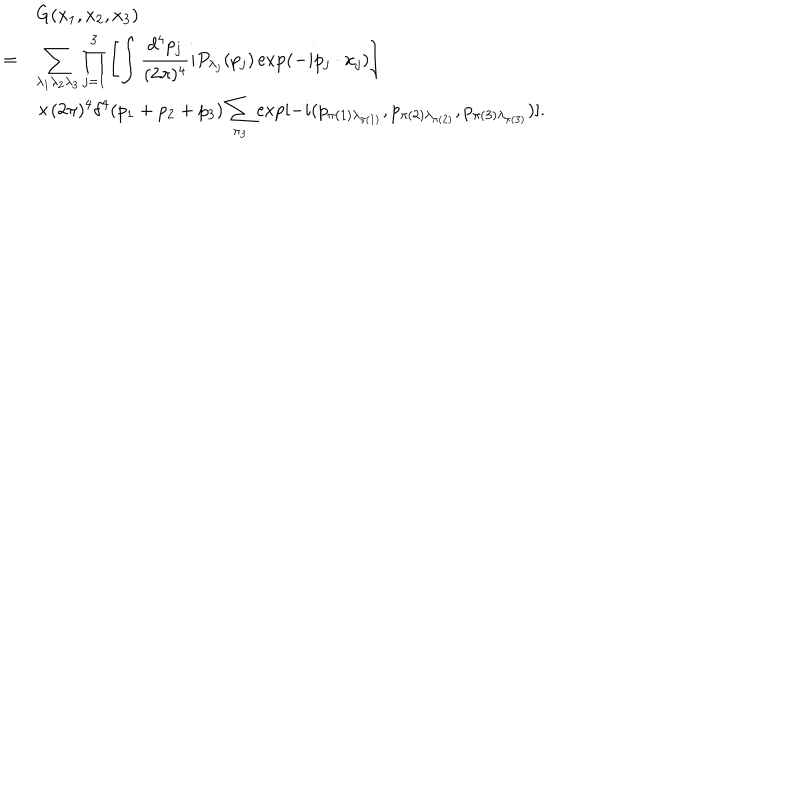
\begin{array} { r l } { { } } & { { G ( x _ { 1 } , x _ { 2 } , x _ { 3 } ) } } \\ { { = } } & { { \displaystyle \sum _ { \lambda _ { 1 } \lambda _ { 2 } \lambda _ { 3 } } \prod _ { j = 1 } ^ { 3 } \left[ \int \frac { d ^ { 4 } p _ { j } } { ( 2 \pi ) ^ { 4 } } i P _ { \lambda _ { j } } ( p _ { j } ) \exp ( - i p _ { j } \cdot x _ { j } ) \right] } } \\ { { } } & { { \displaystyle \times ( 2 \pi ) ^ { 4 } \delta ^ { 4 } ( p _ { 1 } + p _ { 2 } + p _ { 3 } ) \sum _ { \pi _ { 3 } } \exp [ - i ( p _ { \pi ( 1 ) \lambda _ { \pi ( 1 ) } } , p _ { \pi ( 2 ) \lambda _ { \pi ( 2 ) } } , p _ { \pi ( 3 ) \lambda _ { \pi ( 3 ) } } ) ] . } } \\ \end{array}